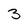
Character: 3